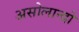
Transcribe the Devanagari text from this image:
असोलान्दो